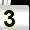
Digit: 3